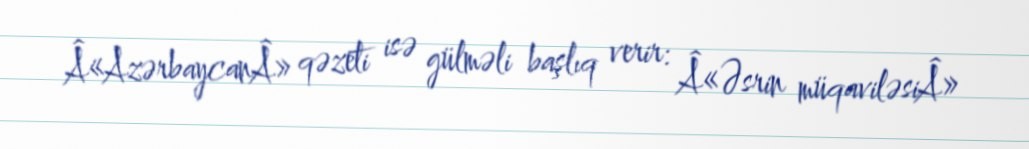
Â«AzərbaycanÂ» qəzeti isə gülməli başlıq verir: Â«Əsrin müqaviləsiÂ»